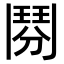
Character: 𩰏